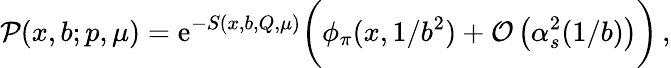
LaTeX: {\cal P}(x,b;p,\mu)=\mathrm{e}^{-S(x,b,Q,\mu)}\bigg(\phi_{\pi}(x,1/b^{2})+{\cal O}\left(\alpha_{s}^{2}(1/b)\right)\bigg)\, ,